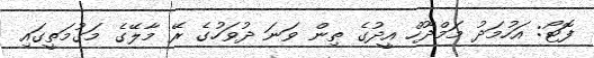
ފޮޓޯ: އަހުމަދު މަމްދޫހް އީދުގެ ތިން ވަނަ ދުވަހުގެ ރޭ މާލޭގެ މަގުމަތީގައި